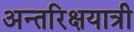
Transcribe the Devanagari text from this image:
अन्तरिक्षयात्री